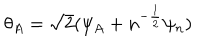
LaTeX: \theta _ { A } = \sqrt 2 ( \psi _ { A } + n ^ { - { \frac { 1 } { 2 } } } \psi _ { n } )